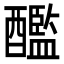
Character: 𨣨